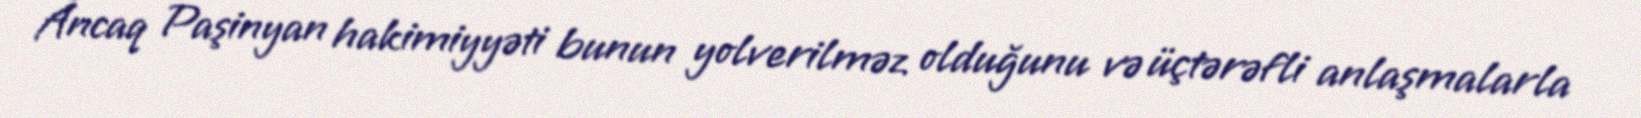
Ancaq Paşinyan hakimiyyəti bunun yolverilməz olduğunu və üçtərəfli anlaşmalarla